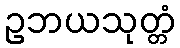
ဥဘယသုတ္တံ